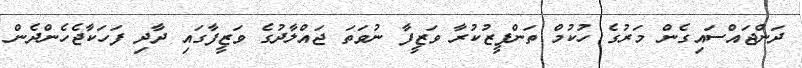
ދަންޖައްސައިގެން މަރުގެ ހުކުމް ތަންފީޒުކުރާ ވަޒީފާ ނުވަތަ ޖައްލާދުގެ ވަޒީފާގައި ދާދި ފަހަކާޖެހެންދެން